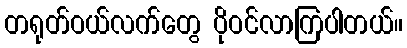
တရုတ်ဝယ်လက်တွေ ပိုဝင်လာကြပါတယ်။